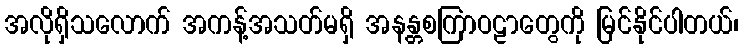
အလိုရှိသလောက် အကန့်အသတ်မရှိ အနန္တစကြာဝဠာတွေကို မြင်နိုင်ပါတယ်၊